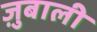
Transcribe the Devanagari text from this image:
ज़ुबाली